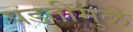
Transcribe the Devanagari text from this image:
पडतीमुळे